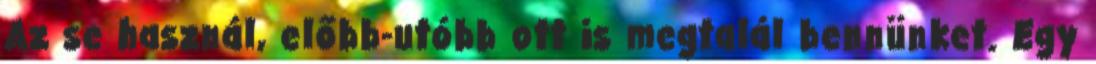
Az se használ, előbb-utóbb ott is megtalál bennünket. Egy